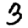
Digit: 3